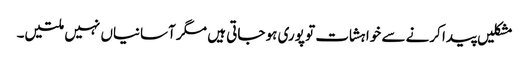
مشکلیں پیدا کرنے سے خواہشات تو پوری ہو جاتی ہیں مگر آسانیاں نہیں ملتیں۔